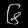
Digit: ၆